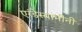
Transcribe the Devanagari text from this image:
एरंडेस्वामींनी